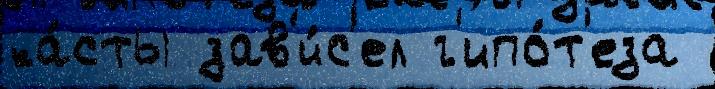
ка́сты зав'и́с'ел г'ипо́т'еза